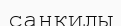
санқилы